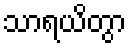
သာရယိတွာ